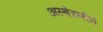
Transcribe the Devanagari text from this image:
अल्बेरुणीने